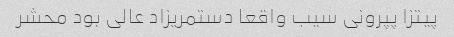
پیتزا پپرونی سیب واقعا دستمریزاد عالی بود محشر